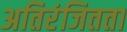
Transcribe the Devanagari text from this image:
अतिरंजितता